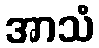
အာသံ